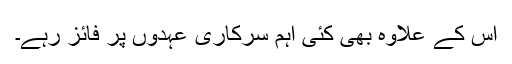
اس کے علاوہ بھی کئی اہم سرکاری عہدوں پر فائز رہے۔